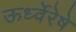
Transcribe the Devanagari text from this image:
ऊर्ध्वेरेषे